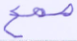
صمغ